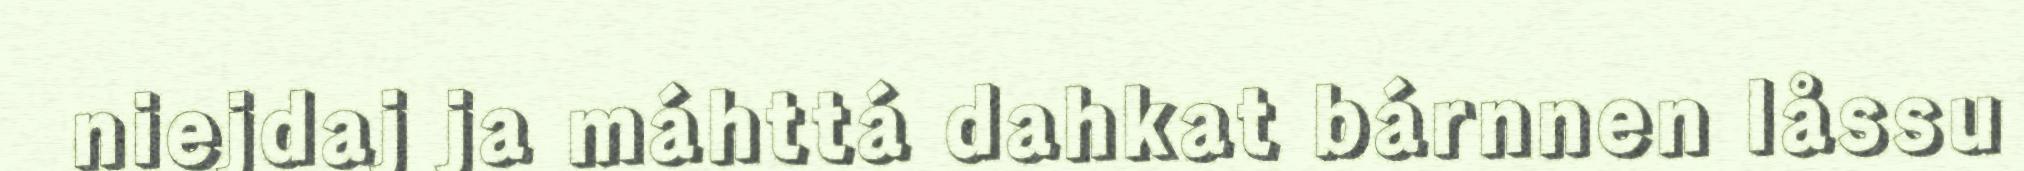
niejdaj ja máhttá dahkat bárnnen låssu